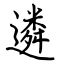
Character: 遴